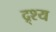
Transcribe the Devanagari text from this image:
द्र्श्य